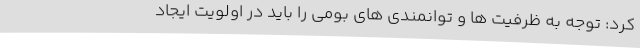
کرد: توجه به ظرفیت ها و توانمندی های بومی را باید در اولویت ایجاد